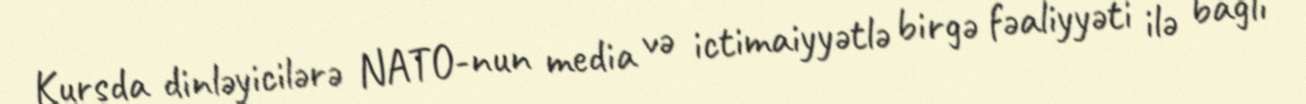
Kursda dinləyicilərə NATO-nun media və ictimaiyyətlə birgə fəaliyyəti ilə bağlı